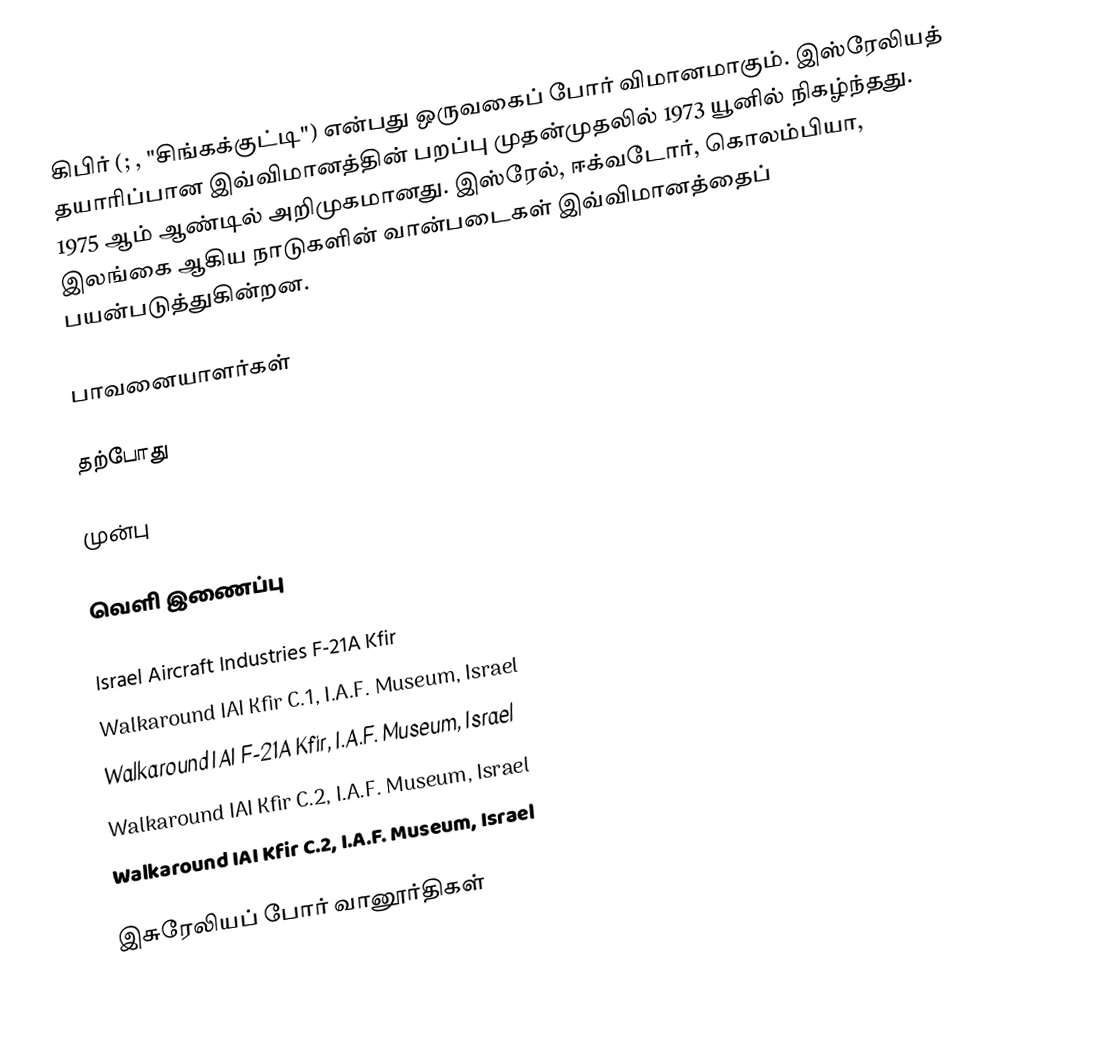
கிபிர் (; , "சிங்கக்குட்டி") என்பது ஒருவகைப் போர் விமானமாகும். இஸ்ரேலியத் தயாரிப்பான இவ்விமானத்தின் பறப்பு முதன்முதலில் 1973 யூனில் நிகழ்ந்தது. 1975 ஆம் ஆண்டில் அறிமுகமானது. இஸ்ரேல், ஈக்வடோர், கொலம்பியா, இலங்கை ஆகிய நாடுகளின் வான்படைகள் இவ்விமானத்தைப் பயன்படுத்துகின்றன.

பாவனையாளர்கள்

தற்போது

முன்பு

வெளி இணைப்பு

 Israel Aircraft Industries F-21A Kfir
 Walkaround IAI Kfir C.1, I.A.F. Museum, Israel
 Walkaround IAI F-21A Kfir, I.A.F. Museum, Israel
 Walkaround IAI Kfir C.2, I.A.F. Museum, Israel
 Walkaround  IAI Kfir C.2, I.A.F. Museum, Israel

இசுரேலியப் போர் வானூர்திகள்